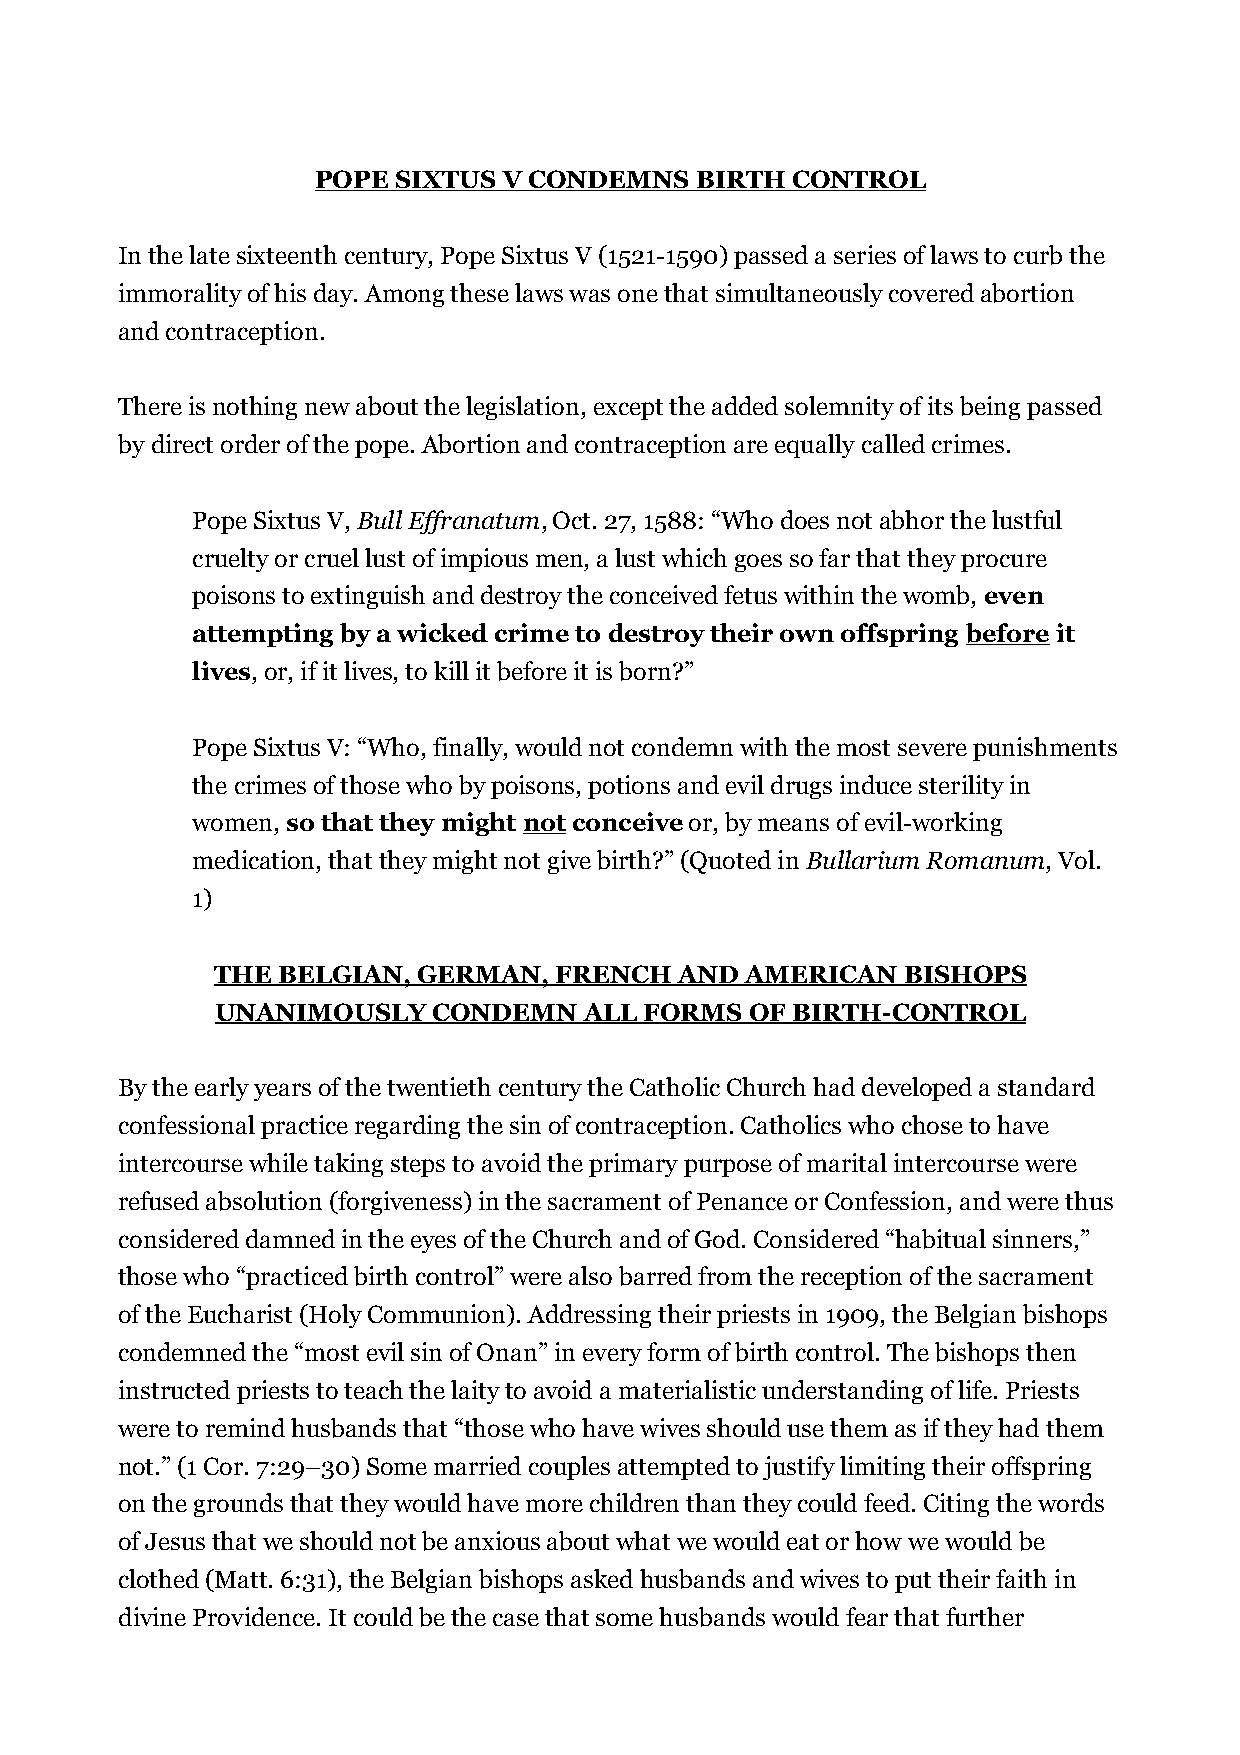
POPE SIXTUS V CONDEMNS   BIRTH CONTROL
 In the late sixteenth century, Pope Sixtus V (1521-1590) passed a series of laws to curb the
 immorality of his day. Among these laws was one that simultaneously covered abortion
 and contraception.
 There is nothing new about the legislation, except the added solemnity of its being passed
 by direct order of the pope. Abortion and contraception are equally called crimes.
 Pope Sixtus V, Bull Effranatum, Oct. 27, 1588: “Who does not abhor the lustful
 cruelty or cruel lust of impious men, a lust which goes so far that they procure
 poisons to extinguish and destroy the conceived fetus within the womb, even
 attempting by a wicked crime to destroy their own offspring before it
 lives, or, if it lives, to kill it before it is born?”
 Pope Sixtus V: “Who, finally, would not condemn with the most severe punishments
 the crimes of those who by poisons, potions and evil drugs induce sterility in
 women, so that they might not conceive or, by means of evil-working
 medication, that they might not give birth?” (Quoted in Bullarium Romanum, Vol.
 1)
 THE BELGIAN,  GERMAN,  FRENCH  AND AMERICAN   BISHOPS
 UNANIMOUSLY    CONDEMN   ALL FORMS  OF BIRTH-CONTROL
 By the early years of the twentieth century the Catholic Church had developed a standard
 confessional practice regarding the sin of contraception. Catholics who chose to have
 intercourse while taking steps to avoid the primary purpose of marital intercourse were
 refused absolution (forgiveness) in the sacrament of Penance or Confession, and were thus
 considered damned in the eyes of the Church and of God. Considered “habitual sinners,”
 those who “practiced birth control” were also barred from the reception of the sacrament
 of the Eucharist (Holy Communion). Addressing their priests in 1909, the Belgian bishops
 condemned the “most evil sin of Onan” in every form of birth control. The bishops then
 instructed priests to teach the laity to avoid a materialistic understanding of life. Priests
 were to remind husbands that “those who have wives should use them as if they had them
 not.” (1 Cor. 7:29–30) Some married couples attempted to justify limiting their offspring
 on the grounds that they would have more children than they could feed. Citing the words
 of Jesus that we should not be anxious about what we would eat or how we would be
 clothed (Matt. 6:31), the Belgian bishops asked husbands and wives to put their faith in
 divine Providence. It could be the case that some husbands would fear that further